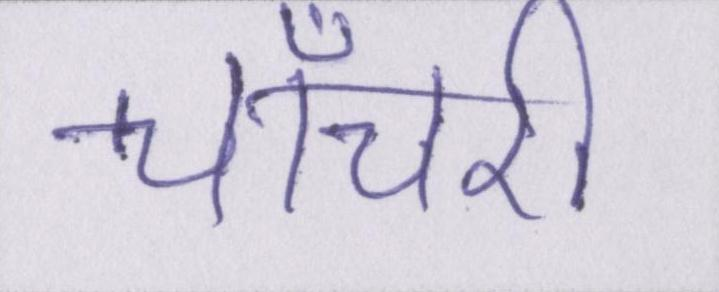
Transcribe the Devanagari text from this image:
चाँचरी